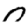
Digit: 0